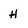
Character: H